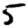
Digit: 5